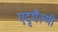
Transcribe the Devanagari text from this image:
एदृथैल्मी